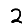
Digit: 2